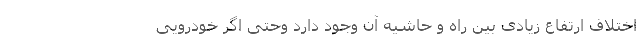
اختلاف ارتفاع زیادی بین راه و حاشیه آن وجود دارد وحتی اگر خودرویی